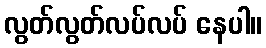
လွတ်လွတ်လပ်လပ် နေပါ။